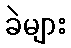
ခဲများ